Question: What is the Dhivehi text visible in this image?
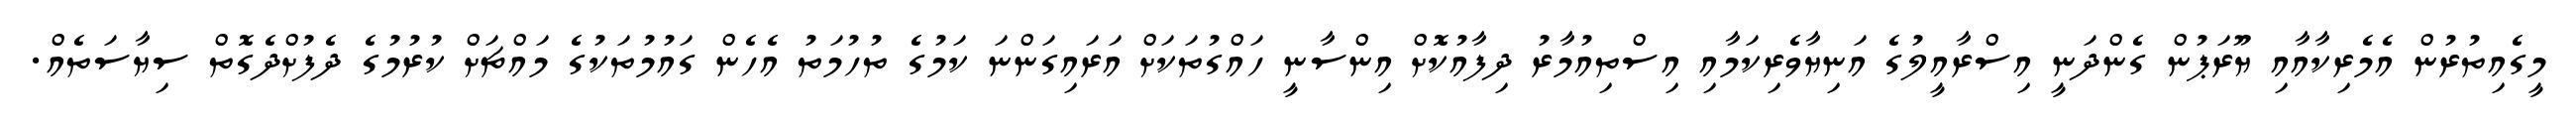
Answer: މީގެއިތުރުން އެމެރިކާއާއި ޔޫރަޕުން ގެންދަނީ އިސްރާއީލުގެ އަނިޔާވެރިކަމާއި އިސްތިއުމާރު ދިފާއުކޮށް އިންސާނީ ހައްގުތަކަށް އަރައިގަންނަ ކަމުގެ ތުހުމަތު އެހެން ގައުމުތަކުގެ މައްޗަށް ކުރުމުގެ ދެފުށްދެގޮތް ސިޔާސަތެއް.